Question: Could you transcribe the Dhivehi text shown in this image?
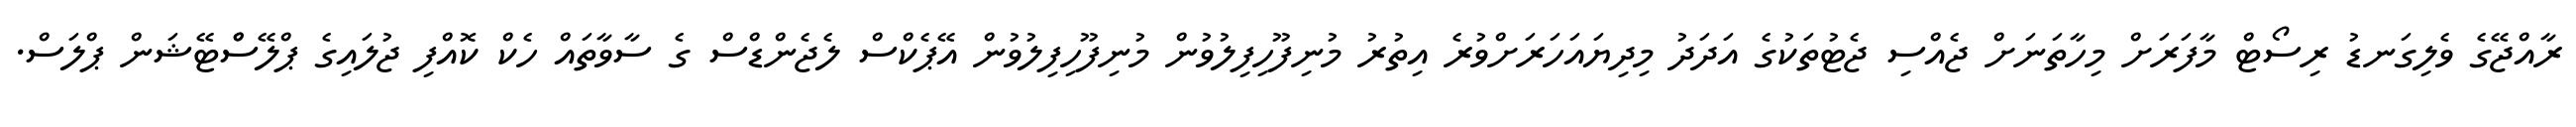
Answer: ރާއްޖޭގެ ވެލިގަނޑު ރިސޯޓް މާފަރަށް މިހާތަނަށް ޖެއްސި ޖެޓުތަކުގެ އަދަދު މިދިޔައަހަރަށްވުރެ އިތުރު މުނިފޫހިފިލުވުން މުނިފޫހިފިލުވުން އޭޕެކްސް ލެޖެންޑްސް ގެ ސާވާތައް ހެކް ކޮއްފި ޖުލައިގެ ޕްލޭސްްޓޭޝަން ޕްލަސް.